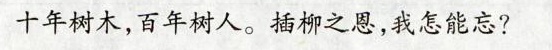
十年树木，百年树人。插柳之恩，我怎能忘?